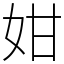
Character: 姏